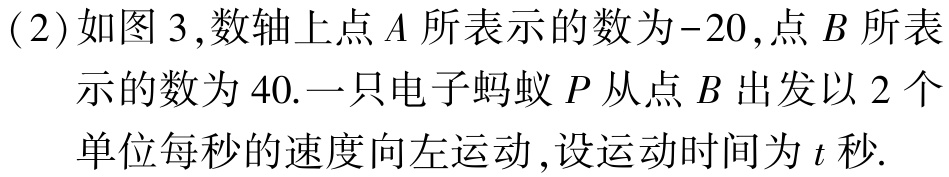
(2)如图3,数轴上点\(A\)所表示的数为\(-20\),点\(B\)所表示的数为\(40\).一只电子蚂蚁\(P\)从点\(B\)出发以\(2\)个单位每秒的速度向左运动,设运动时间为\(t\)秒.